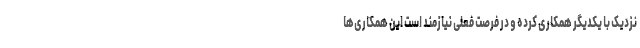
نزدیک با یکدیگر همکاری کرده و در فرصت فعلی نیازمند است این همکاری‌ها